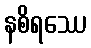
နစိရဿေ